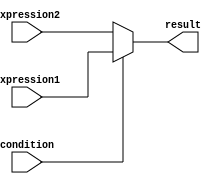
module if_else_ternary (
    input wire condition,
    input wire expression1,
    input wire expression2,
    output reg result
);

always @* begin
    result = (condition) ? expression1 : expression2;
end

endmodule